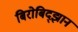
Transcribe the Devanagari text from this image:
बिरोबिद्झान